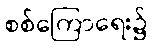
စစ်ကြောရေး၌